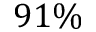
9 1 \%